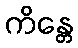
ကိန္တေ